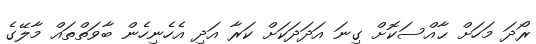
ރޯދަ މަހަށް ޙާއްސަކޮށް ގިނަ އަދަދަކަށް ކަރާ އަދި އެހެނިހެން ބާވަތްތައް މާލޭގެ